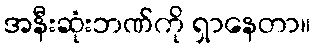
အနီးဆုံးဘဏ်ကို ရှာနေတာ။